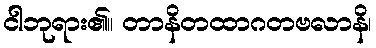
ငါဘုရား၏။ တာနိတထာဂတဗလာနိ၊